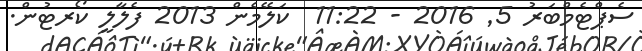
ސެޕްޓެމްބަރު 5